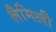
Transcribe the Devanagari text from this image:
लैमिली